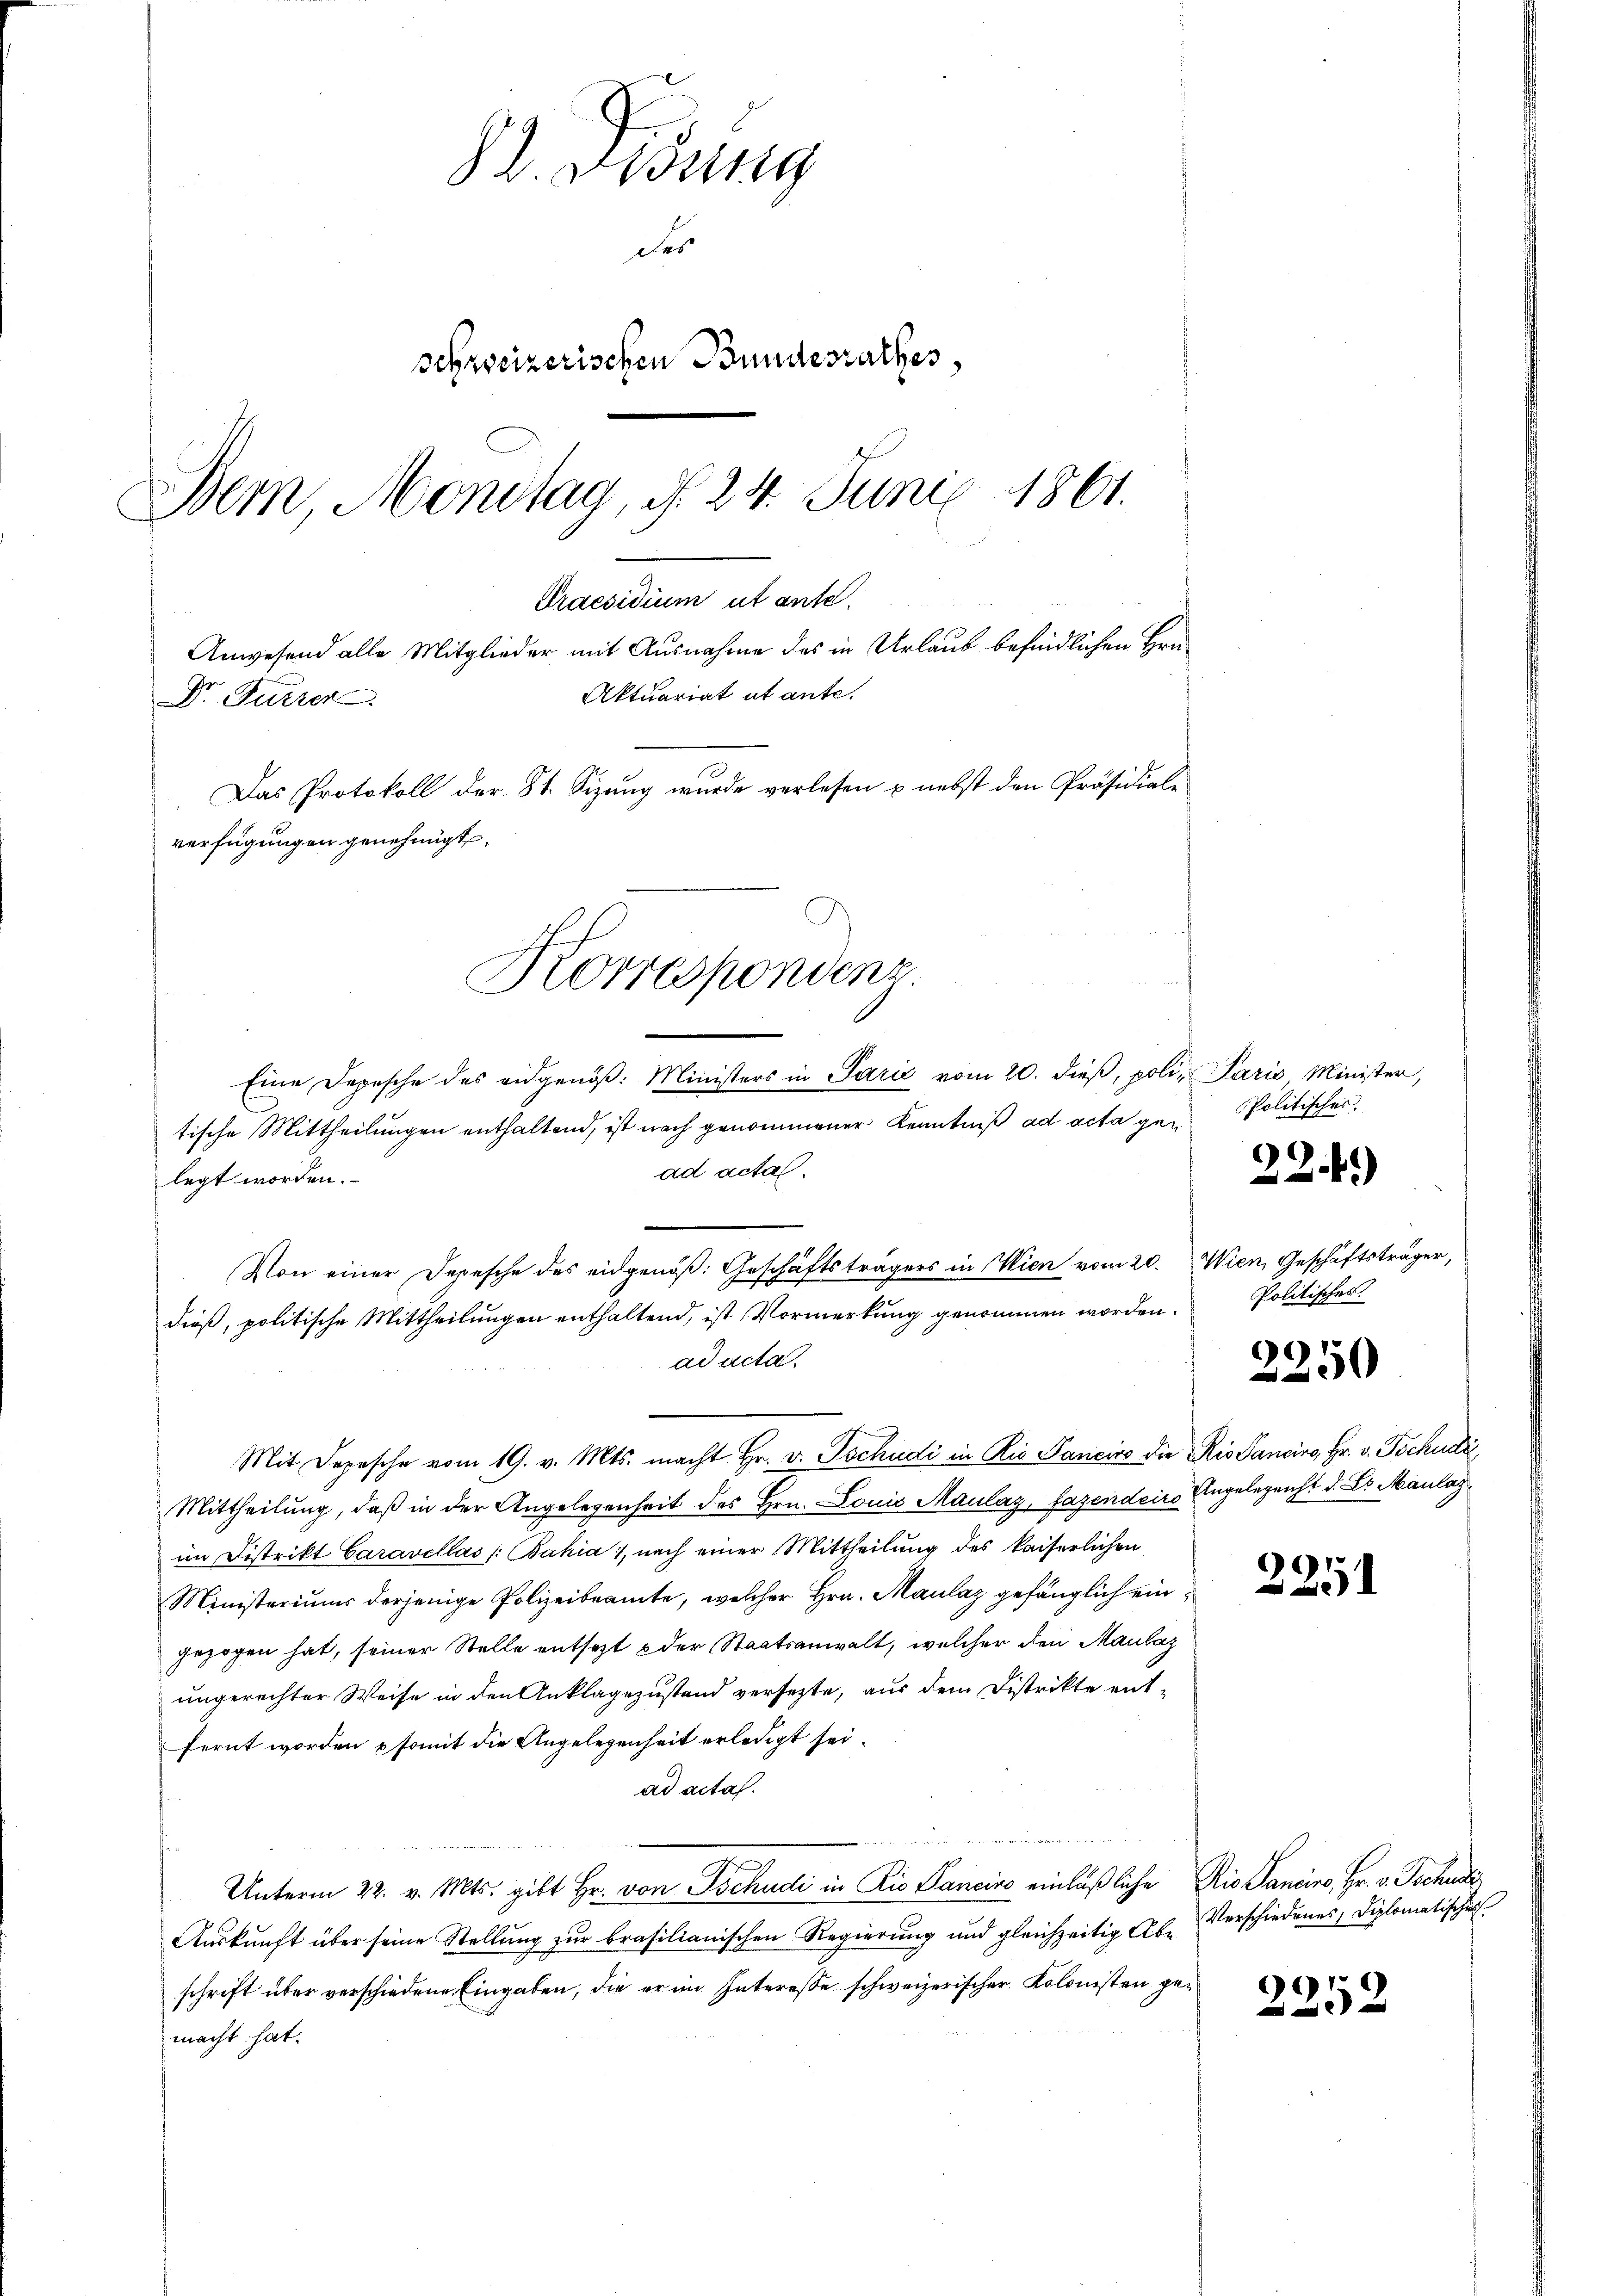
Praesidium ut ante.
Anwesend alle Mitglieder mit Ausnahme des in Urlaub befindlichen Hrn.
Aktuariat ut ante.
Dr. Putzer
Das Protokoll der St. Sizung wurde verlesen & nebst den Präsidiale
verfügungen genehmigt.
Korrespondenz.

l. Ordung
des
schweizerischen Bundesrathes,
Dem Montag, d. 24. Juni 1861.

Eine Depesche des eidgenöß: Ministers in Parić vom 20. dieß, poli, Paris, Minister,
tische Mittheilungen enthaltend, ist nach genommener Kenntniß ad acta gead acta.
legt worden.
Von einer Depesche des eidgenöß: Geschäftsträgers in Wien vom 20. Wien, Geschäftsträger,
dieß, politische Mittheilungen enthaltend, ist Vormerkung genommen worden.
ad acta.
Mit Depesche vom 19. v. Mts. macht Hr. v. Tschudi in Rio Panicire die Rio Sanciro, Hr. v. Tschudi
Mittheilung, daß in der Angelegenheit des Hrn. Louis Maulaz, fazendeiro Angelegenst d. Es Maulas
im Distrikt Caravellas /:Bahia, nach einer Mittheilung des kaiserlichen
Ministeriums derjenige Polizeibeamte, welcher Hrn. Maulaz gefänglich eingezogen hat, seiner Stelle entsetzt der Staatsanwalt, welcher den Maulaz
ungerechter Weise in den Anklagezustand versetzte, aus dem Distrikte entfernt worden somit die Angelegenheit erledigt sei.
ad acta.

e
Unterm 22. v. Mts. gibt Hr. von Tschudi in Rio Sancire einläßliche Ris Sanciro, Hr. v. Tschudi
Auskunft über seine Stellung zur brasilianischen Regierung und gleichzeitig Ab- Verschiedenes, Diplomatischer
schrift über verschiedene Eingaben, die er im Interesse schweizerischer Kolonisten gemacht hat.

Politisches.
22.11)

Politisches.

e
250

2251

2252